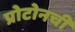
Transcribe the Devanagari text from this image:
प्रोटोनची